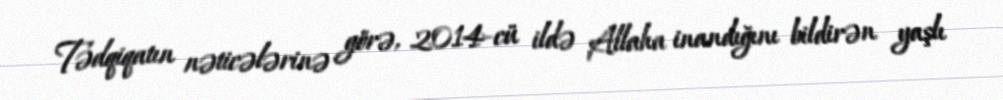
Tədqiqatın nəticələrinə görə, 2014-cü ildə Allaha inandığını bildirən yaşlı